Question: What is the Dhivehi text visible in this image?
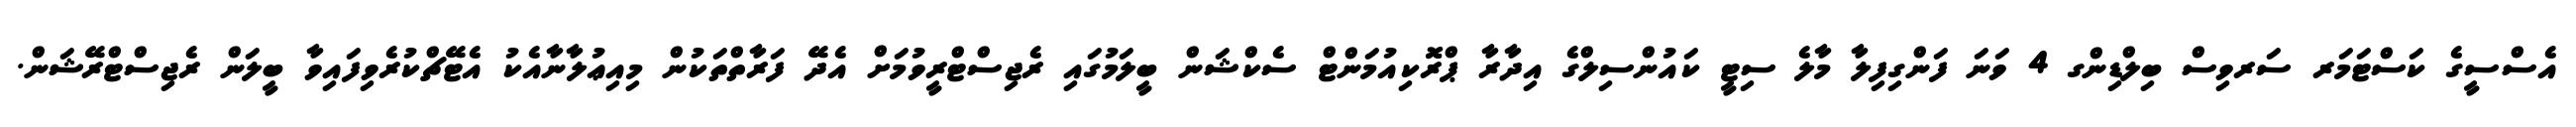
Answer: އެސްސީގެ ކަސްޓަމަރ ސަރވިސް ބިލްޑިންގ 4 ވަނަ ފަންގިފިލާ މާލެ ސިޓީ ކައުންސިލްގެ އިދާރާ ޕްރޮކިއުމަންޓް ސެކްޝަން ބީލަމުގައި ރެޖިސްޓްރީވުމަށް އެދޭ ފަރާތްތަކުން މިއިޢުލާނާއެކު އެޓޭޗްކުރެވިފައިވާ ބީލަން ރެޖިސްޓްރޭޝަން.